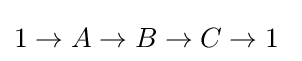
1\rightarrow A\rightarrow B\rightarrow C\rightarrow 1\